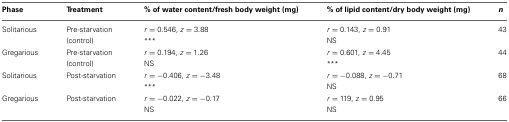
| Phase | Treatment | % of water content/fresh body weight (mg) | % of lipid content/dry body weight (mg) | n |
 | --- | --- | --- | --- | --- |
 | Solitarious | Pre-starvation | r = 0.546, z = 3.88 | r = 0.143, z = 0.91 | 43 |
 |  | (control) | *** | NS |  |
 | Gregarious | Pre-starvation | r = 0.194, z = 1.26 | r = 0.601, z = 4.45 | 44 |
 |  | (control) | NS | *** |  |
 | Solitarious | Post-starvation | r = −0.406, z = −3.48 | r = −0.088, z = −0.71 | 68 |
 |  |  | *** | NS |  |
 | Gregarious | Post-starvation | r = −0.022, z = −0.17 | r = 119, z = 0.95 | 66 |
 |  |  | NS | NS |  |